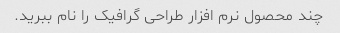
چند محصول نرم افزار طراحی گرافیک را نام ببرید.